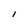
Character: l